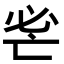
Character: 𢗺